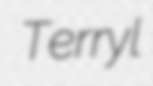
Terryl